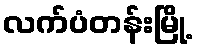
လက်ပံတန်းမြို့